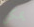
يمكن